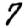
Digit: 7